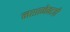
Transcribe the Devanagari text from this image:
नशानेबाज़ी